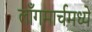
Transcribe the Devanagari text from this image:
लाँगमार्चमध्ये